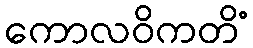
ကောလဝိကတိံ